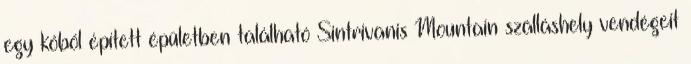
egy kőből épített épületben található Sintrivanis Mountain szálláshely vendégeit